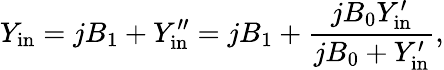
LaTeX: Y_{\mathrm{in}}=jB_{1}+Y_{\mathrm{in}}^{\prime\prime}=jB_{1}+\frac{jB_{0}Y_{\mathrm{in}}^{\prime}}{jB_{0}+Y_{\mathrm{in}}^{\prime}},